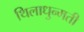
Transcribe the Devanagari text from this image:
थिलाधुन्मती